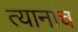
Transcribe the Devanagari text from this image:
त्यानांच